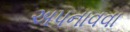
અપનાવવા